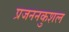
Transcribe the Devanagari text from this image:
प्रजननकुशल